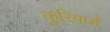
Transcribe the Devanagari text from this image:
कुरियार्स